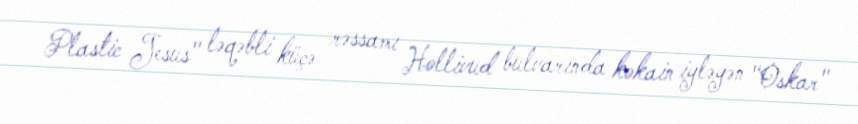
Plastic Jesus" ləqəbli küçə rəssamı Hollivud bulvarında kokain iyləyən "Oskar"